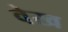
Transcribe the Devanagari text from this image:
वेख